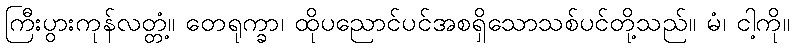
ကြီးပွားကုန်လတ္တံ့။ တေရုက္ခာ၊ ထိုပညောင်ပင်အစရှိသောသစ်ပင်တို့သည်။ မံ၊ ငါ့ကို။